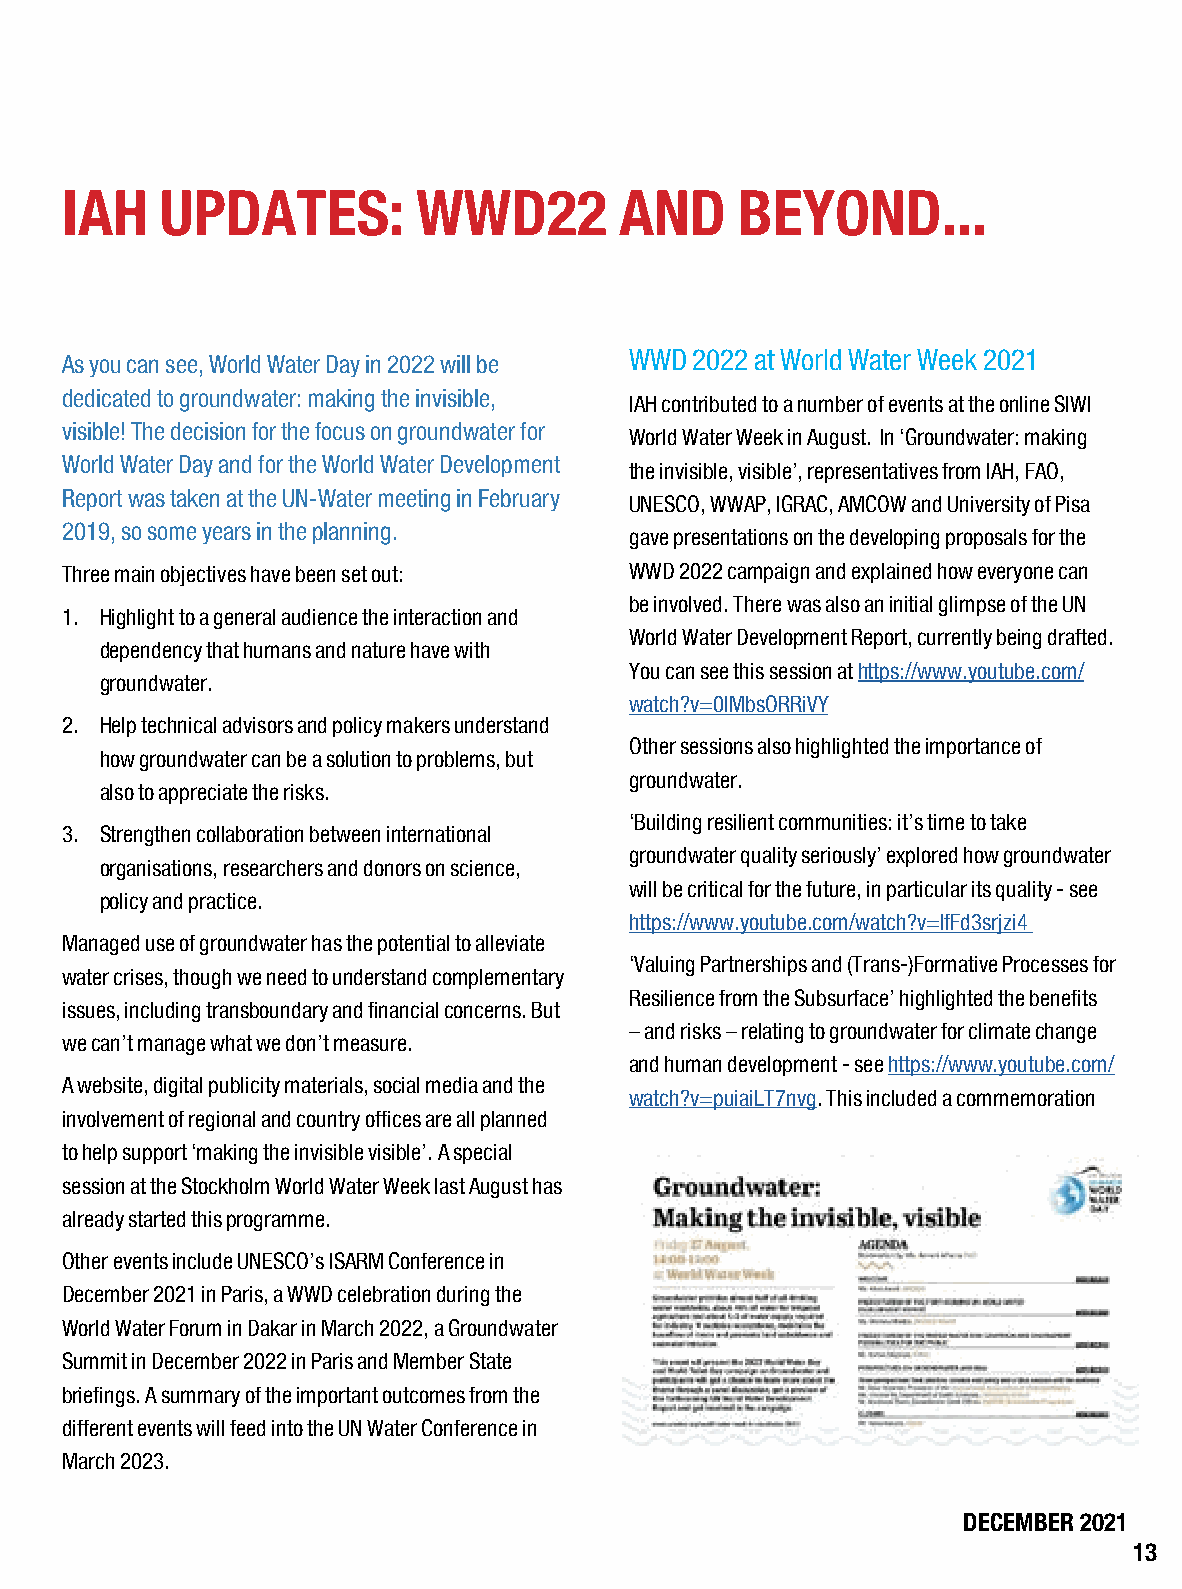
IAH    UPDATES:         WWD22        AND     BEYOND...
 WWD 2022 at World Water Week 2021
 As you can see, World Water Day in 2022 will be
 dedicated to groundwater: making the invisible,
 IAH contributed to a number of events at the online SIWI
 visible! The decision for the focus on groundwater for
 World Water Week in August. In ‘Groundwater: making
 World Water Day and for the World Water Development
 the invisible, visible’, representatives from IAH, FAO,
 Report was taken at the UN-Water meeting in February
 UNESCO, WWAP, IGRAC, AMCOW and University of Pisa
 2019, so some years in the planning.
 gave presentations on the developing proposals for the
 Three main objectives have been set out: WWD 2022 campaign and explained how everyone can
 be involved. There was also an initial glimpse of the UN
 1. Highlight to a general audience the interaction and
 World Water Development Report, currently being drafted.
 dependency that humans and nature have with
 You can see this session at https://www.youtube.com/
 groundwater.
 watch?v=0lMbsORRiVY
 2. Help technical advisors and policy makers understand
 Other sessions also highlighted the importance of
 how groundwater can be a solution to problems, but
 groundwater.
 also to appreciate the risks.
 ‘Building resilient communities: it’s time to take
 3. Strengthen collaboration between international
 groundwater quality seriously’ explored how groundwater
 organisations, researchers and donors on science,
 will be critical for the future, in particular its quality - see
 policy and practice.
 https://www.youtube.com/watch?v=IfFd3srjzi4
 Managed use of groundwater has the potential to alleviate
 ‘Valuing Partnerships and (Trans-)Formative Processes for
 water crises, though we need to understand complementary
 Resilience from the Subsurface’ highlighted the benefits
 issues, including transboundary and financial concerns. But
 – and risks – relating to groundwater for climate change
 we can’t manage what we don’t measure.
 and human development - see https://www.youtube.com/
 A website, digital publicity materials, social media and the
 watch?v=puiaiLT7nvg. This included a commemoration
 involvement of regional and country offices are all planned
 to help support ‘making the invisible visible’. A special
 session at the Stockholm World Water Week last August has
 already started this programme.
 Other events include UNESCO’s ISARM Conference in
 December 2021 in Paris, a WWD celebration during the
 World Water Forum in Dakar in March 2022, a Groundwater
 Summit in December 2022 in Paris and Member State
 briefings. A summary of the important outcomes from the
 different events will feed into the UN Water Conference in
 March 2023.
 DECEMBER 2021
 13